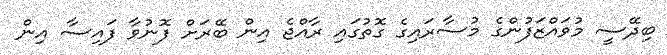
ބިދޭސީ މުވައްޒަފުންގެ މުސާރައިގެ ގޮތުގައި ރާއްޖެ އިން ބޭރަށް ފޮނުވާ ފައިސާ އިން